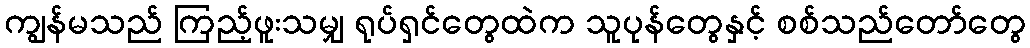
ကျွန်မသည် ကြည့်ဖူးသမျှ ရုပ်ရှင်တွေထဲက သူပုန်တွေနှင့် စစ်သည်တော်တွေ